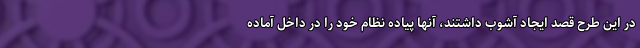
در این طرح قصد ایجاد آشوب داشتند، آنها پیاده نظام خود را در داخل آماده